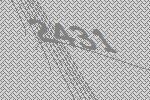
2431